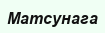
Матсунага